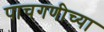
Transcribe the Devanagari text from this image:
पाचगणीच्या